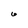
Character: 6